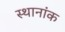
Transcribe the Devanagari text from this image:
स्थानांक